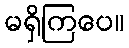
မရှိကြပေ။